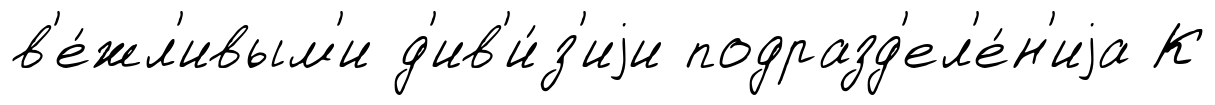
в'е́жл'ивым'и д'ив'и́з'иjи подразд'ел'е́н'иjа К